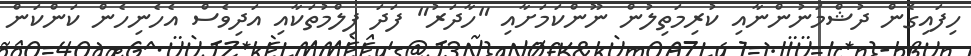
ހިފައިގެން ދުޝްމަނުންނާއި ކުރިމަތިލުން ނޫންކަމަށާއި "ހާދަރު" ފަދަ ފިލްމުތަކާއި އަދިވެސް އެހެނިހެން ކަންކަން